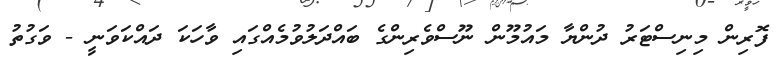
ފޮރިން މިނިސްޓަރު ދުންޔާ މައުމޫން ނޫސްވެރިންގެ ބައްދަލުވުމެއްގައި ވާހަކަ ދައްކަވަނީ - ވަގުތު